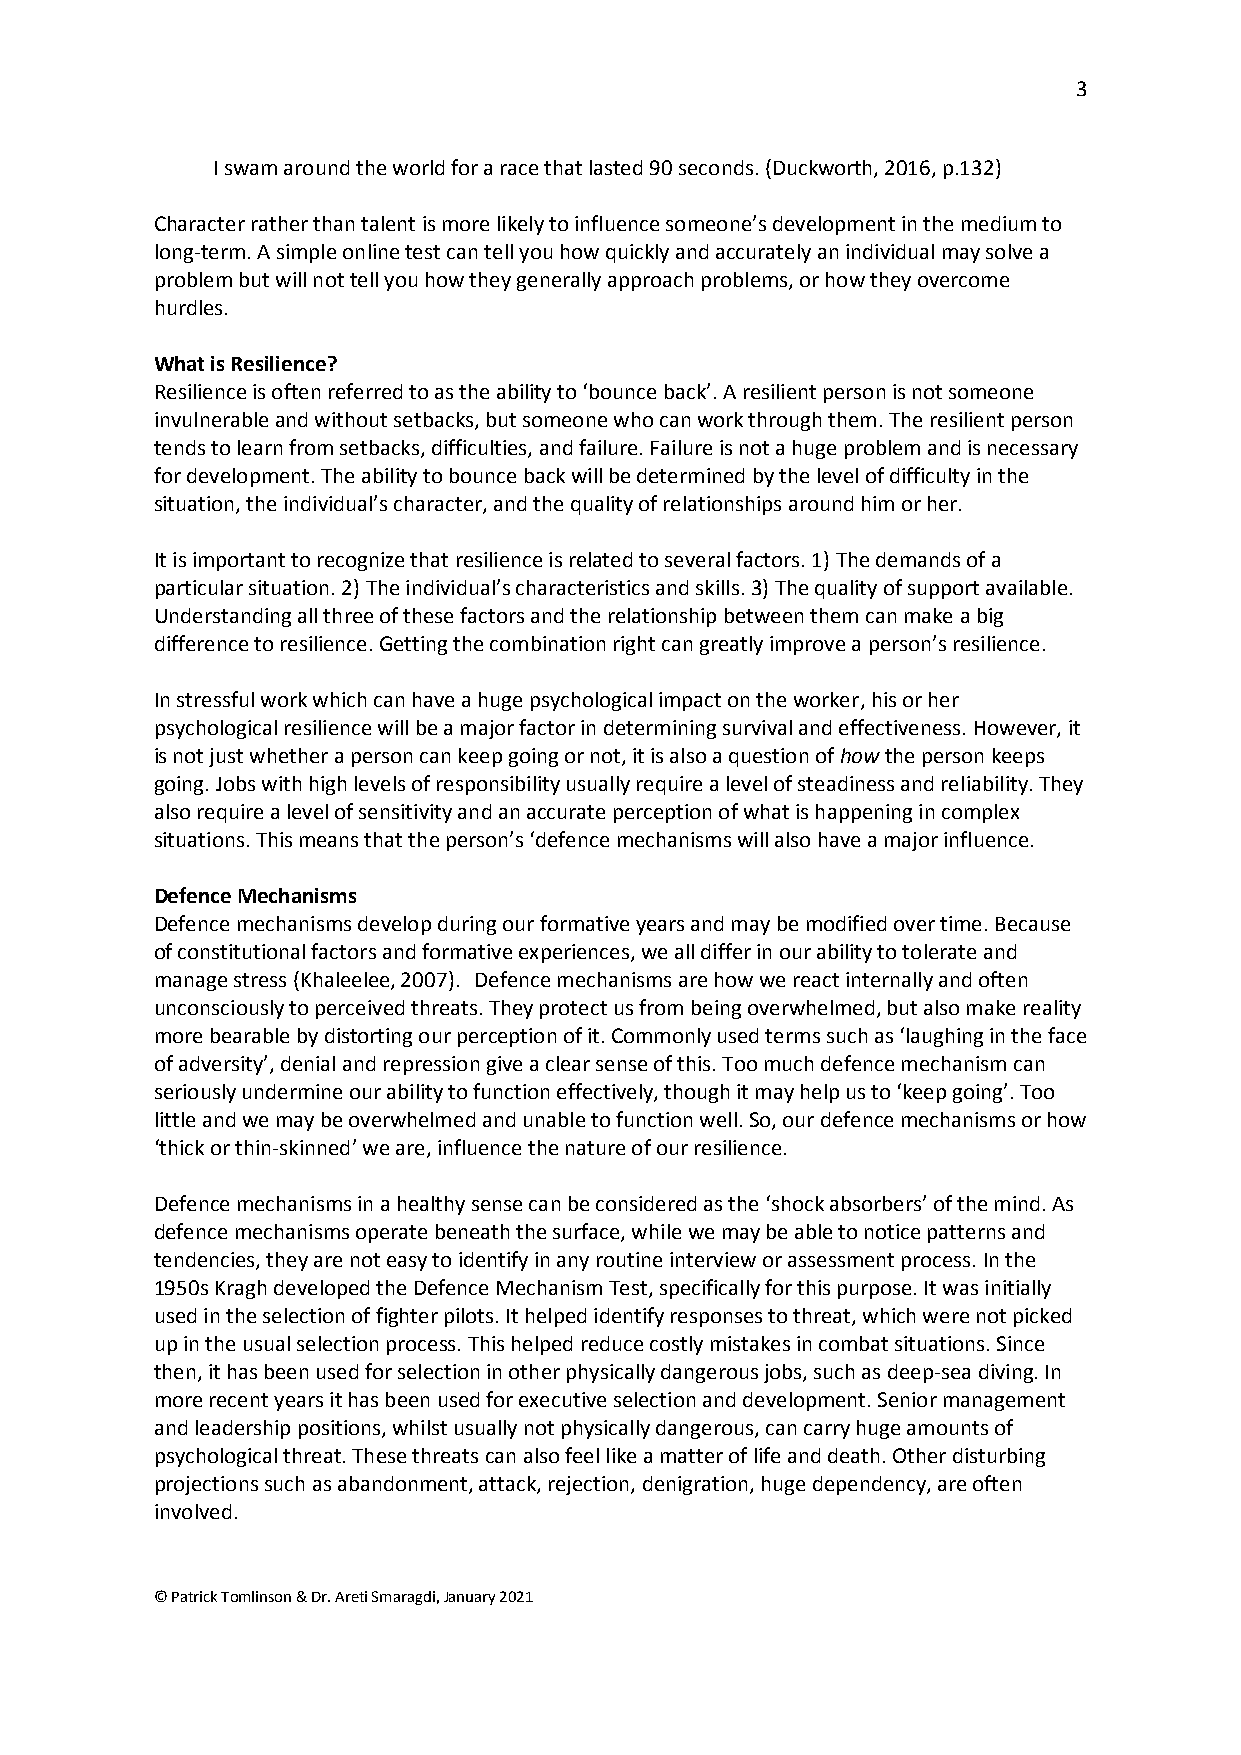
3
 I swam around the world for a race that lasted 90 seconds. (Duckworth, 2016, p.132)
 Character rather than talent is more likely to influence someone’s development in the medium to
 long-term. A simple online test can tell you how quickly and accurately an individual may solve a
 problem but will not tell you how they generally approach problems, or how they overcome
 hurdles.
 What is Resilience?
 Resilience is often referred to as the ability to ‘bounce back’. A resilient person is not someone
 invulnerable and without setbacks, but someone who can work through them. The resilient person
 tends to learn from setbacks, difficulties, and failure. Failure is not a huge problem and is necessary
 for development. The ability to bounce back will be determined by the level of difficulty in the
 situation, the individual’s character, and the quality of relationships around him or her.
 It is important to recognize that resilience is related to several factors. 1) The demands of a
 particular situation. 2) The individual’s characteristics and skills. 3) The quality of support available.
 Understanding all three of these factors and the relationship between them can make a big
 difference to resilience. Getting the combination right can greatly improve a person’s resilience.
 In stressful work which can have a huge psychological impact on the worker, his or her
 psychological resilience will be a major factor in determining survival and effectiveness. However, it
 is not just whether a person can keep going or not, it is also a question of how the person keeps
 going. Jobs with high levels of responsibility usually require a level of steadiness and reliability. They
 also require a level of sensitivity and an accurate perception of what is happening in complex
 situations. This means that the person’s ‘defence mechanisms will also have a major influence.
 Defence Mechanisms
 Defence mechanisms develop during our formative years and may be modified over time. Because
 of constitutional factors and formative experiences, we all differ in our ability to tolerate and
 manage stress (Khaleelee, 2007). Defence mechanisms are how we react internally and often
 unconsciously to perceived threats. They protect us from being overwhelmed, but also make reality
 more bearable by distorting our perception of it. Commonly used terms such as ‘laughing in the face
 of adversity’, denial and repression give a clear sense of this. Too much defence mechanism can
 seriously undermine our ability to function effectively, though it may help us to ‘keep going’. Too
 little and we may be overwhelmed and unable to function well. So, our defence mechanisms or how
 ‘thick or thin-skinned’ we are, influence the nature of our resilience.
 Defence mechanisms in a healthy sense can be considered as the ‘shock absorbers’ of the mind. As
 defence mechanisms operate beneath the surface, while we may be able to notice patterns and
 tendencies, they are not easy to identify in any routine interview or assessment process. In the
 1950s Kragh developed the Defence Mechanism Test, specifically for this purpose. It was initially
 used in the selection of fighter pilots. It helped identify responses to threat, which were not picked
 up in the usual selection process. This helped reduce costly mistakes in combat situations. Since
 then, it has been used for selection in other physically dangerous jobs, such as deep-sea diving. In
 more recent years it has been used for executive selection and development. Senior management
 and leadership positions, whilst usually not physically dangerous, can carry huge amounts of
 psychological threat. These threats can also feel like a matter of life and death. Other disturbing
 projections such as abandonment, attack, rejection, denigration, huge dependency, are often
 involved.
 © Patrick Tomlinson & Dr. Areti Smaragdi, January 2021